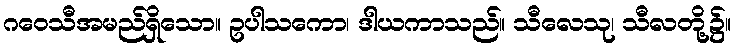
ဂဝေသီအမည်ရှိသော။ ဥပါသကော၊ ဒါယကာသည်။ သီလေသု၊ သီလတို့၌။